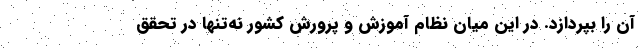
آن را بپردازد. در این میان نظام آموزش و پرورش کشور نه‌تنها در تحقق